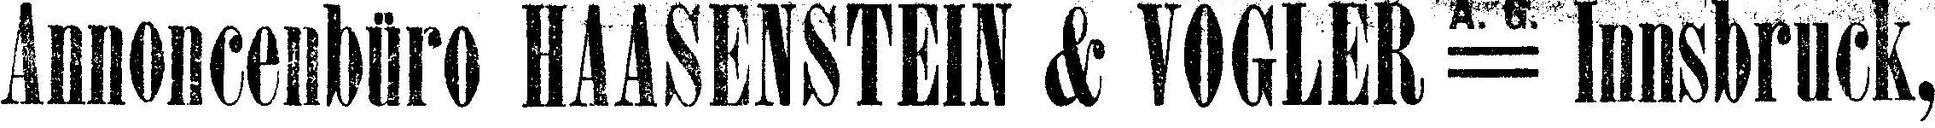
Annoncenbüro HAASENSTEIN & VOGLER = Innsbruck,